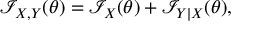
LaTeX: { \mathcal { I } } _ { X , Y } ( \theta ) = { \mathcal { I } } _ { X } ( \theta ) + { \mathcal { I } } _ { Y \mid X } ( \theta ) ,